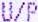
U/P